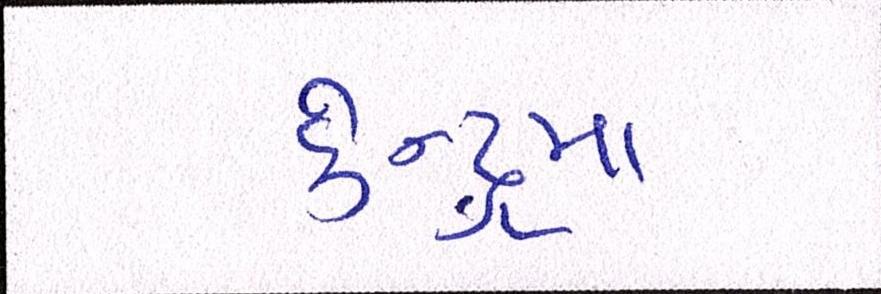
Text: કેન્દ્રમાં